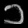
Digit: ၁